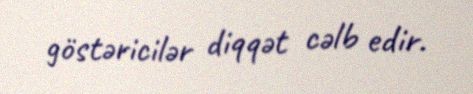
göstəricilər diqqət cəlb edir.